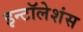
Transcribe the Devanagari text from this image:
इन्टॉलेशंस